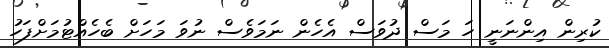
ކުރިން އިންނަނީ ހަ މަސް ދުވަސް އެހެން ނަމަވެސް ނުވަ މަހަށް ބެހެއްޓުމަށްފަހު